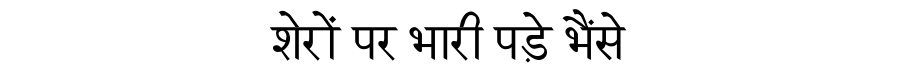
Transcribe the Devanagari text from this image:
शेरों पर भारी पड़े भैंसे